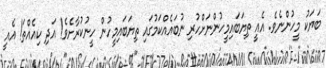
ބަޔަކު މީހުންނެވެ. އެއީ ތިޔަބައިމީހުންނަށްހުރި ނުބައެއްކަމުގައި ތިޔަބައިމީހުން ހީނުކުރާށެވެ! އަދި ކިއެއްތަ! އެއީ